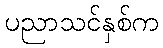
ပညာသင်နှစ်က